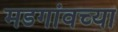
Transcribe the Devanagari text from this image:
मडगांवच्या